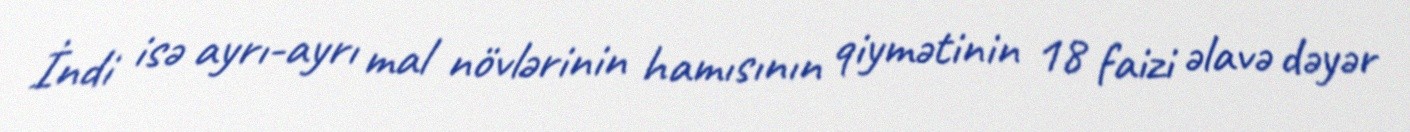
İndi isə ayrı-ayrı mal növlərinin hamısının qiymətinin 18 faizi əlavə dəyər